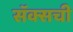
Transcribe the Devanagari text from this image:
सॅक्सची